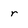
Character: r